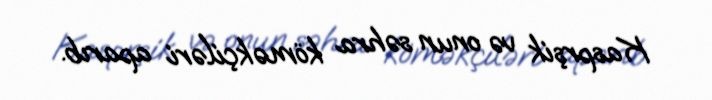
Kasprşik və onun səhra köməkçiləri aparıb.